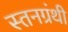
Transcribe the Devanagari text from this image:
स्तनग्रंथी